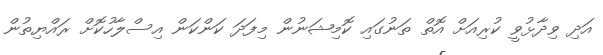
އަދި ވިދާޅުވީ ކުރިއަށް އޮތް ތަނުގައި ކޮމިޝަނުން މިފަދަ ކަންކަން އިސްލާހުކޮށް ރައްޔިތުން